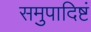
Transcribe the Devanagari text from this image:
समुपादिष्टं